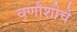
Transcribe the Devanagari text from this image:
वणौशीचे